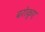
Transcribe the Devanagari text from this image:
बरोकुए